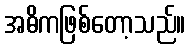
အဓိကဖြစ်တော့သည်။